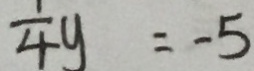
\frac { 1 } { 4 } y = - 5